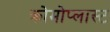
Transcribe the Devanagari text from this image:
क्रोमोप्लास्ट